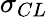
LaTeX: \sigma_{CL}